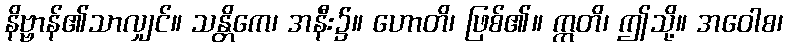
နိဗ္ဗာန်၏သာလျှင်။ သန္တိကေ၊ အနီး၌။ ဟောတိ၊ ဖြစ်၏။ ဣတိ၊ ဤသို့။ အဝေါစ၊